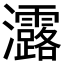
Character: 𤅟